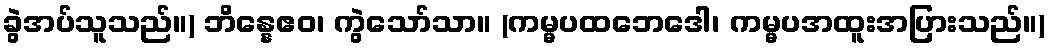
ခွဲအပ်သူသည်။) ဘိန္နေဧဝ၊ ကွဲသော်သာ။ (ကမ္မပထဘေဒေါ၊ ကမ္မပအထူးအပြားသည်။)